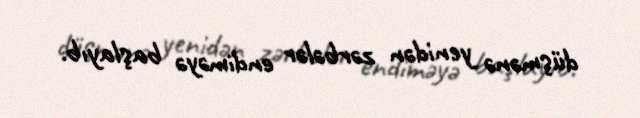
düşmənə yenidən zərbələr endiməyə başlayıb.